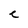
Character: C